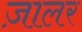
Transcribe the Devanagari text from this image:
ज़ालर